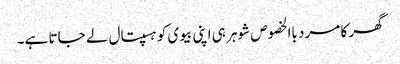
گھر کا مرد باالخصوص شوہر ہی اپنی بیوی کو ہسپتال لے جاتا ہے۔